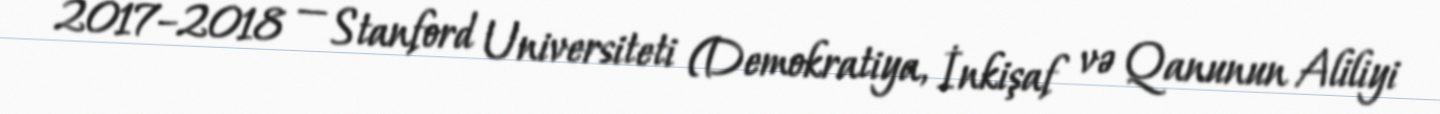
2017–2018 — Stanford Universiteti (Demokratiya, İnkişaf və Qanunun Aliliyi